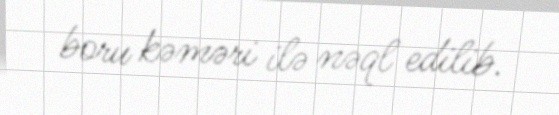
boru kəməri ilə nəql edilib.